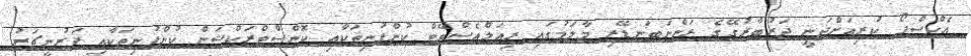
އެކްސްޕޯ ކުރިއަށްދަނީ ދަރުބާރުގޭގެ ރަންނަބަނޑޭރި މާލަމުގައި ރިއަލްއެސްޓޭޓް ކުންފުނިތަކާއި ކޮންސްޓްރަކްޝަން ކުންފުނިތަކާއި ފަރުނީޗަރު